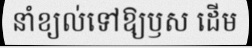
នាំខ្យល់ទៅឱ្យឫស ដើម